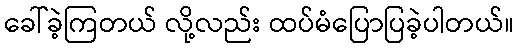
ခေါ်ခဲ့ကြတယ် လို့လည်း ထပ်မံပြောပြခဲ့ပါတယ်။